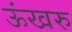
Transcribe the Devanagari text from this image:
ऊंखरु